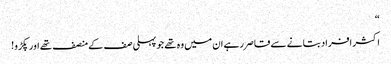
“
اکثر افراد بتانے سے قاصر رہے ان میں وہ تھے جو پہلی صف کے منصف تھے اور پکڑو!